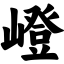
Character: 嶝